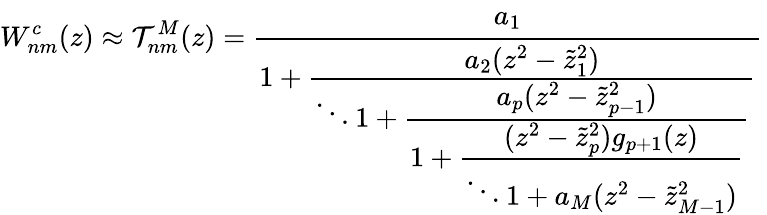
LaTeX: W_{nm}^{c}(z)\approx\mathcal{T}_{nm}^{M}(z)=\cfrac{a_{1}}{1+\cfrac{a_{2}(z^{2}-\tilde{{z}}_{1}^{2})}{\ddots1+\cfrac{a_{p}(z^{2}-\tilde{{z}}_{p-1}^{2})}{1+\cfrac{(z^{2}-\tilde{{z}}_{p}^{2})g_{p+1}(z)}{\ddots1+a_{M}(z^{2}-\tilde{{z}}_{M-1}^{2})}}}}\,